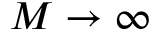
M \to \infty